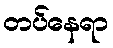
တပ်နေရာ